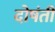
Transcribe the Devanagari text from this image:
दोषंती